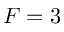
F = 3